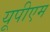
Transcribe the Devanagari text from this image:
यूपीएम